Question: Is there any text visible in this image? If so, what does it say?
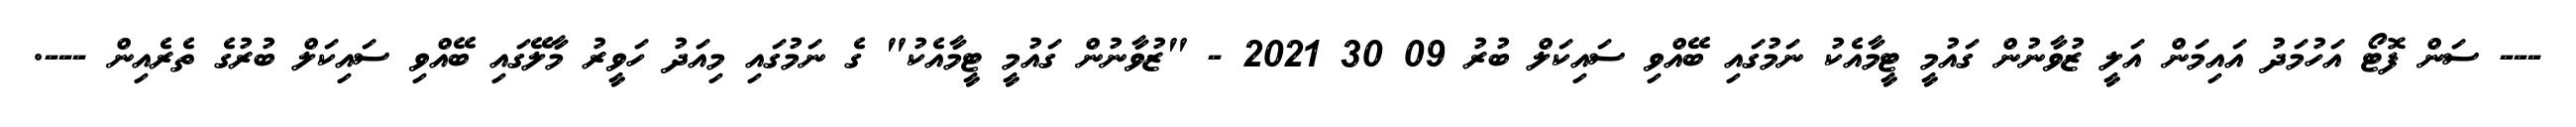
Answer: --- ސަން ފޮޓޯ އަހުމަދު އައިމަން އަލީ ޒުވާނުން ގައުމީ ޓީމާއެކު ނަމުގައި ބޭއްވި ސައިކަލް ބުރު 09 30 2021 - "ޒުވާނުން ގައުމީ ޓީމާއެކު" ގެ ނަމުގައި މިއަދު ހަވީރު މާލޭގައި ބޭއްވި ސައިކަލް ބުރުގެ ތެރެއިން ---.